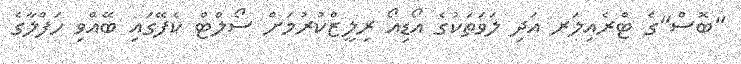
"ބޮސް"ގެ ޓްރެއިލަރ އަދި ލަވަތަކުގެ އޯޑިއޯ ރިލީޒްކުރުމަށް ސޯލްޓް ކެފޭގައި ބޭއްވި ހަފްލާގެ